Vaccination report Assam 1896-1927 - 1896-1927
Year: 1896
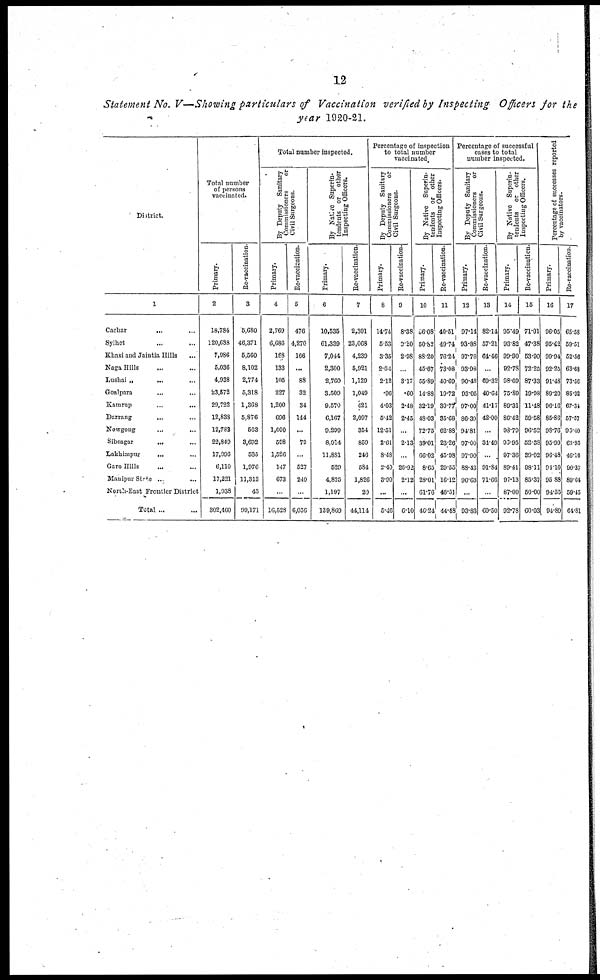
12
Statement No. V—Showing particulars of Vaccination verified by Inspecting Officers for the
year 1920-21.
District.
1
Cachar ... ...
Sylhet ... ...
Khasi and Jaintia Hills ...
Naga Hills ... ...
Lushai „ ... ...
Goalpara ... ...
Kamrup ... ...
Darrang
... ...
Nowgong ... ...
Sibsagar ... ...
Lakhimpur
... ...
Garo Hills ... ...
Manipur State ... ...
North-East Frontier District
Total ...
Total number
of persons
vaccinated.
Primary.
2
18,784
120,688
7,986
6,036
4,938
23,672
20,722
12,838
12,782
22,849
17,996
6,110
17,221
1,938
302,460
Re-vaccination.
3
6,680
46,371
6,560
8,102
2,774
5,318
1,368
5,876
563
3,692
535
1,976
11,313
43
99,171
Total number inspected.
By Deputy Sanitary
Commissioners
or
Civil Surgeons.
Primary.
4
2,769
6,686
168
133
105
227
1,200
696
1,600
598
1,526
147
673
...
16,528
Re-vaccination.
5
476
4,270
166
...
88
32
34
144
...
79
...
527
240
..
6,056
By Native Superin-
tendents or
other
Inspecting Officers.
Primary.
6
10,535
61,339
7,044
2,300
2,760
3,509
9,570
6,107
9,299
8,914
11,881
529
4,825
1,197
139,809
Re-vaccination
7
2,301
23,068
4,239
5,921
1,129
1,049
421
2,097
354
859
246
584
1,826
20
44,114
Percentage of inspection
to total number
vaccinated
By Deputy Sanitary
Commissioners
or
Civil Surgeons.
Primary.
8
14.74
5.53
3.35
2.04
2.12
.90
4.03
5.42
12.51
2.61
8.48
2.40
3.90
...
5.46
Re-vaccination.
9
8.38
3.20
2.98
...
3.17
.60
2.48
2.45
...
2.13
...
26.92
2.12
...
6.10
By Native Superin¬
tendents or other
Inspecting Officers.
Primary.
10
86.03
50.82
88.20
45.67
55.89
14.88
32.19
48.03
72.75
39.01
66.02
8.65
28.01
61.76
46.24
Re-vaccination.
11
40.51
49.74
76.24
73.08
40.69
19.72
30.77
35.68
62.88
23.26
46.98
29.55
16.12
46.51
44.48
Percentage of successful
cases to total
number inspected.
By Deputy Sanitary
Commissioners
or
Civil Surgeons.
Primary.
12
97.14
93.88
97.76
93.98
90.48
93.05
97.00
86.30
94.81
97.00
97.90
88.43
90.63
...
93.83
Re-vaccination.
13
82.14
57.21
64.46
...
69.32
40.64
41.17
42.00
...
34.49
...
91.84
71.66
...
60.50
By Native Superin-
tendents
or other
Inspecting Officers.
Primary.
14
95.49
93.82
99.90
92.78
98.69
75.89
89.31
86.42
93.79
96.95
97.36
89.41
97.13
87.00
92.78
Re-vaccination.
15
71.01
47.38
53.90
72.25
87.33
19.98
11.48
59.58
96.52
52.38
39.02
98.11
85.37
50.00
60.03
Percentage of successes reported
by vaccinators.
Primary.
16
96.05
95.42
99.94
92.25
91.48
89.20
96.16
85.86
93.76
93.99
96.48
94.10
95.88
94.55
94.89
Re-vaccination.
17
65.58
59.51
52.56
63.63
73.56
85.92
67.34
57.57
95.40
68.95
46.16
90.37
80.04
59.45
64.81